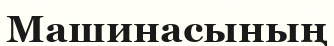
Машинасының